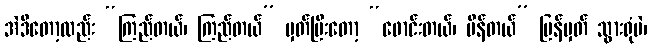
အဲဒီတော့လည်း “ကြည်တယ်၊ ကြည်တယ်” မှတ်ပြီးတော့ “ဖောင်းတယ်၊ ပိန်တယ်” ပြန်မှတ် သွားရုံပဲ၊